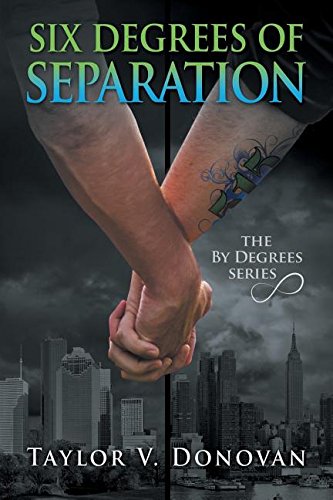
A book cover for Six Degrees of Separation; Taylor V. Donovan; Romance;